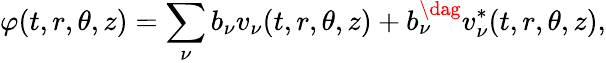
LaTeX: \varphi(t,r,\theta,z)=\sum_{\nu}b_{\nu}v_{\nu}(t,r,\theta,z)+b_{\nu}^{\dag}v_{\nu}^{*}(t,r,\theta,z),